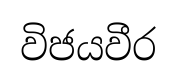
විජයවීර